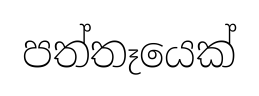
පත්තෑයෙක්